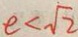
e < \sqrt { 2 }